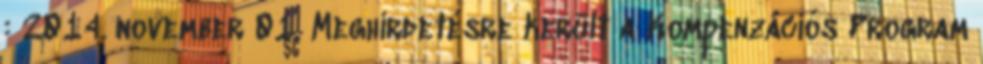
: 2014. november 01. Meghirdetésre került a Kompenzációs Program